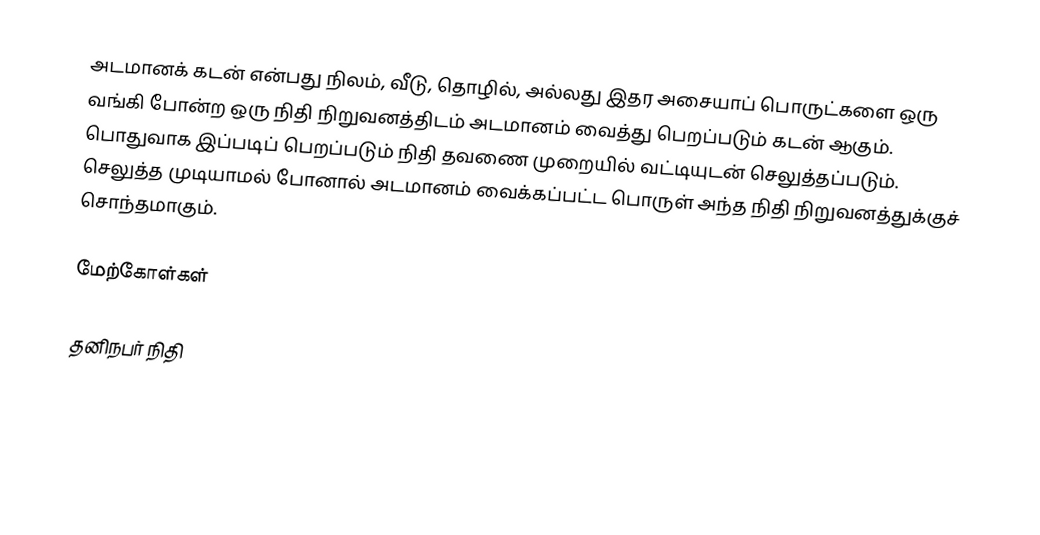
அடமானக் கடன் என்பது நிலம், வீடு, தொழில், அல்லது இதர அசையாப் பொருட்களை ஒரு வங்கி போன்ற ஒரு நிதி நிறுவனத்திடம் அடமானம் வைத்து பெறப்படும் கடன் ஆகும். பொதுவாக இப்படிப் பெறப்படும் நிதி தவணை முறையில் வட்டியுடன் செலுத்தப்படும். செலுத்த முடியாமல் போனால் அடமானம் வைக்கப்பட்ட பொருள் அந்த நிதி நிறுவனத்துக்குச் சொந்தமாகும்.

மேற்கோள்கள்

தனிநபர் நிதி